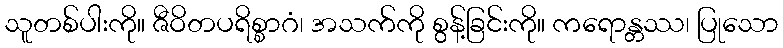
သူတစ်ပါးကို။ ဇီဝိတပရိစ္စာဂံ၊ အသက်ကို စွန့်ခြင်းကို။ ကရောန္တဿ၊ ပြုသော